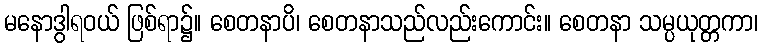
မနောဒွါရဝယ် ဖြစ်ရာ၌။ စေတနာပိ၊ စေတနာသည်လည်းကောင်း။ စေတနာ သမ္ပယုတ္တကာ၊